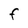
Character: f